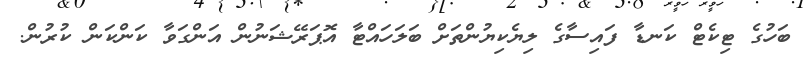
ބަހުގެ ޓިކެޓް ކަނޑާ ފައިސާގެ ލިޔެކިޔުންތަށް ބަލަހައްޓާ އޮޕަރޭޝަނުން އަންގަވާ ކަންކަން ކުރުން.